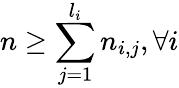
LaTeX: n\ge\sum_{j=1}^{l_{i}}n_{i,j},\forall i